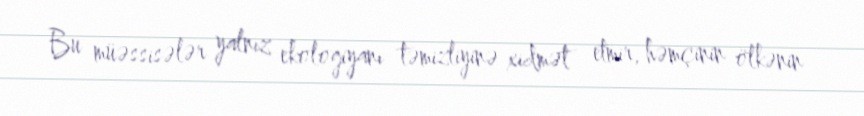
Bu müəssisələr yalnız ekologiyanı təmizliyinə xidmət etmir, həmçinin ölkənin